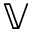
\mathbb { V }